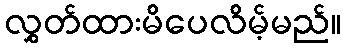
လွှတ်ထားမိပေလိမ့်မည်။